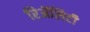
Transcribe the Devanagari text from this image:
रिॲलिटी